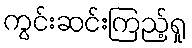
ကွင်းဆင်းကြည့်ရှု